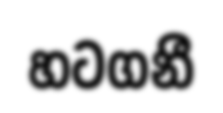
හටගනී